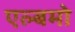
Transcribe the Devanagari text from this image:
एल्बमो